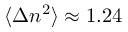
\langle \Delta n ^ { 2 } \rangle \approx 1 . 2 4